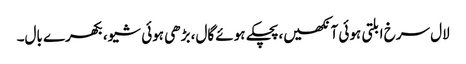
لال سرخ ابلتی ہوئی آنکھیں،پچکے ہوئے گال، بڑھی ہوئی شیو، بکھرے بال۔